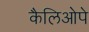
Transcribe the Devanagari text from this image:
कैलिओपे